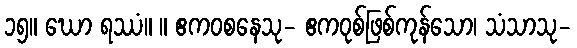
၁၅။ ဃော ရဿံ။ ။ ဧကဝစနေသု- ဧကဝုစ်ဖြစ်ကုန်သော၊ သံသာသု-